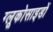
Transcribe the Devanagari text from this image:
ग्लूकोसाइडों